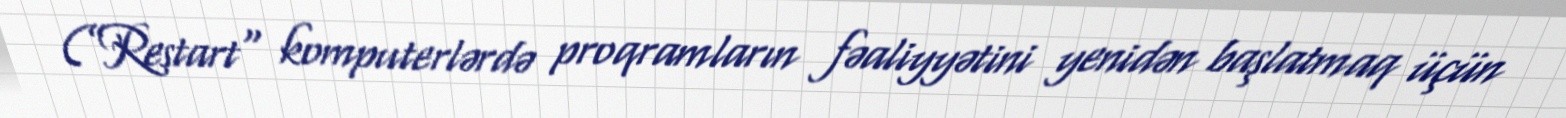
(”Restart" komputerlərdə proqramların fəaliyyətini yenidən başlatmaq üçün